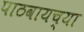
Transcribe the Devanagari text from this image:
पाठवायच्या